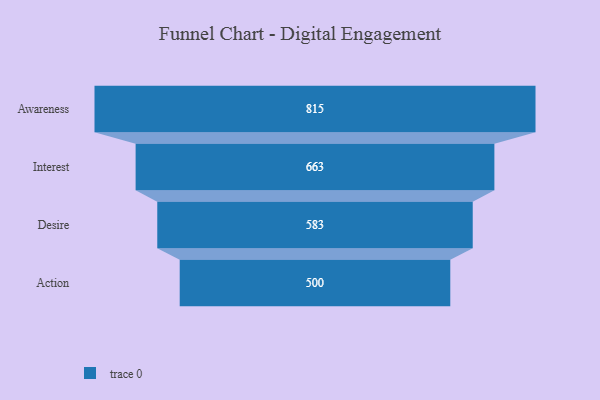
{"axis": {"x": "Stage", "y": "Value"}, "legend": [""], "data": [{"x": "Awareness", "y": 815.0, "type": ""}, {"x": "Interest", "y": 663.0, "type": ""}, {"x": "Desire", "y": 583.0, "type": ""}, {"x": "Action", "y": 500, "type": ""}]}